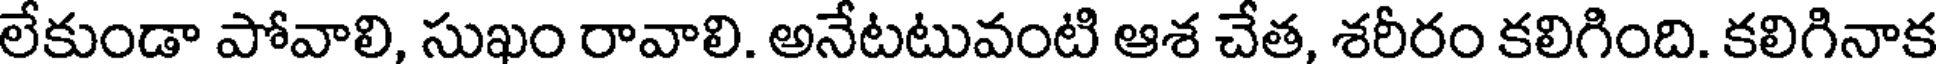
లేకుండా పోవాలి, సుఖం రావాలి. అనేటటువంటి ఆశ చేత, శరీరం కలిగింది. కలిగినాక